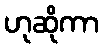
ဟုဆိုကာ